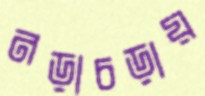
নড়াচড়ায়